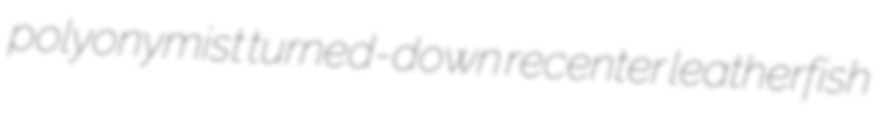
polyonymist turned-down recenter leatherfish